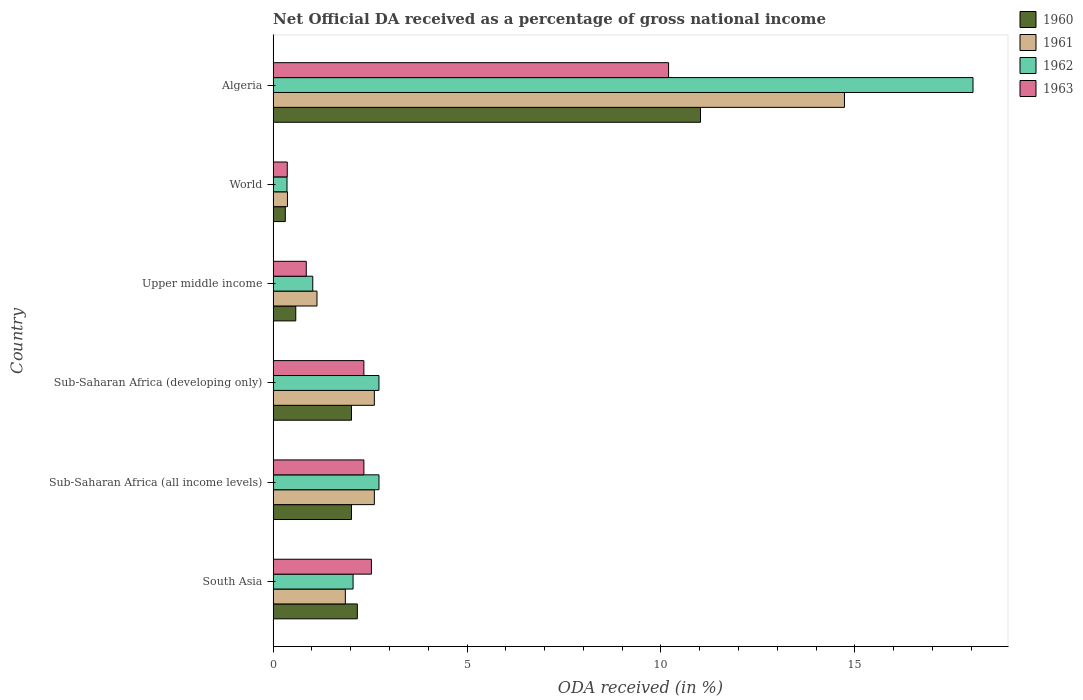
| Country | 1960 | 1961 | 1962 | 1963 |
 | --- | --- | --- | --- | --- |
 | South Asia | 2.17 | 1.86 | 2.06 | 2.53 |
 | Sub-Saharan Africa (all income levels) | 2.02 | 2.61 | 2.73 | 2.34 |
 | Sub-Saharan Africa (developing only) | 2.02 | 2.61 | 2.73 | 2.34 |
 | Upper middle income | 0.584 | 1.13 | 1.02 | 0.855 |
 | World | 0.315 | 0.37 | 0.358 | 0.365 |
 | Algeria | 11 | 14.7 | 18 | 10.2 |